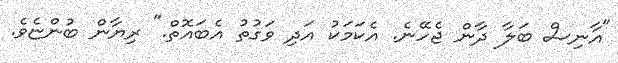
"އާނިސް ބަލާ ދާން ޖެހޭނެ. އެކަމަކު އަދި ވަގުތު އެބައޮތް." ރިޔާން ބުންޏެވެ.